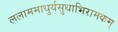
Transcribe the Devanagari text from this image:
ललाममाधुर्यसुधाभिरामकम्